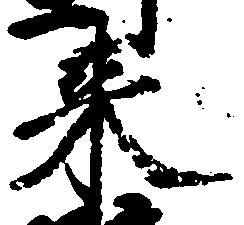
来